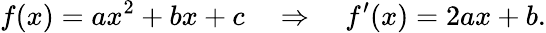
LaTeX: f(x)=ax^{2}+bx+c\quad\Rightarrow\quad f^{\prime}(x)=2ax+b\, \! .